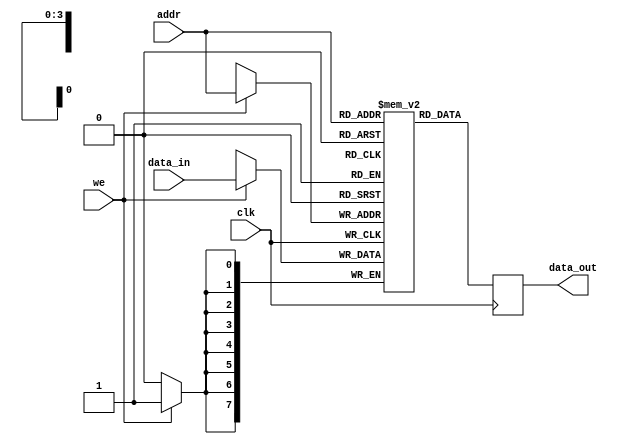
module parameterized_ram #(
    parameter DATA_WIDTH = 8,  // Width of each data word in bits
    parameter ADDR_WIDTH = 4   // Number of bits for addressing (2^ADDR_WIDTH = DEPTH)
)(
    input wire clk,                // Clock signal
    input wire we,                 // Write enable signal
    input wire [ADDR_WIDTH-1:0] addr, // Address input
    input wire [DATA_WIDTH-1:0] data_in, // Input data for writing
    output reg [DATA_WIDTH-1:0] data_out // Output data for reading
);

    // Memory storage: 2D array to store the data
    reg [DATA_WIDTH-1:0] memory [(2**ADDR_WIDTH)-1:0];

    // Synchronous read and write operations
    always @(posedge clk) begin
        if (we) begin
            // Write operation
            memory[addr] <= data_in;
        end
        // Read operation (always happens on clock edge)
        data_out <= memory[addr];
    end

    // Optional: Reset functionality (uncomment if needed)
    /*
    input wire rst, // Reset signal
    always @(posedge clk or posedge rst) begin
        if (rst) begin
            integer i;
            for (i = 0; i < (2**ADDR_WIDTH); i = i + 1) begin
                memory[i] <= {DATA_WIDTH{1'b0}}; // Initialize to zero
            end
        end else begin
            if (we) begin
                memory[addr] <= data_in; // Write operation
            end
            data_out <= memory[addr]; // Read operation
        end
    end
    */

endmodule